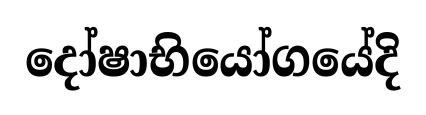
දෝෂාභියෝගයේදි